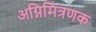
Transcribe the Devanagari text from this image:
अग्निमित्रणक